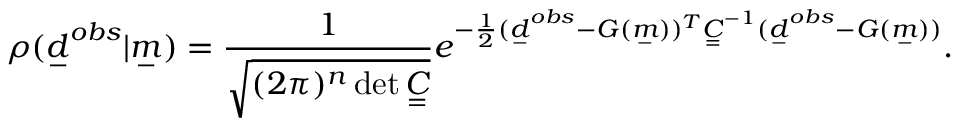
\rho ( \underset { - } { d } ^ { o b s } | \underset { - } { m } ) = \frac { 1 } { \sqrt { ( 2 \pi ) ^ { n } \operatorname* { d e t } \underset { = } { C } } } e ^ { - \frac { 1 } { 2 } ( \underset { - } { d } ^ { o b s } - G ( \underset { - } { m } ) ) ^ { T } \underset { = } { C } ^ { - 1 } ( \underset { - } { d } ^ { o b s } - G ( \underset { - } { m } ) ) } .